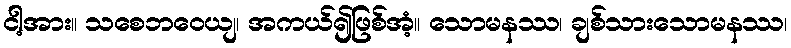
ငါ့အား။ သစေဘဝေယျ၊ အကယ်၍ဖြစ်အံ့။ သောမနဿ၊ ချစ်သားသောမနဿ၊